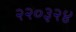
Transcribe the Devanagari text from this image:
२२०३२४